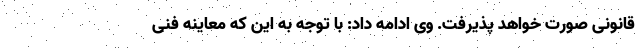
قانونی صورت خواهد پذیرفت. وی ادامه داد: با توجه به این که معاینه فنی